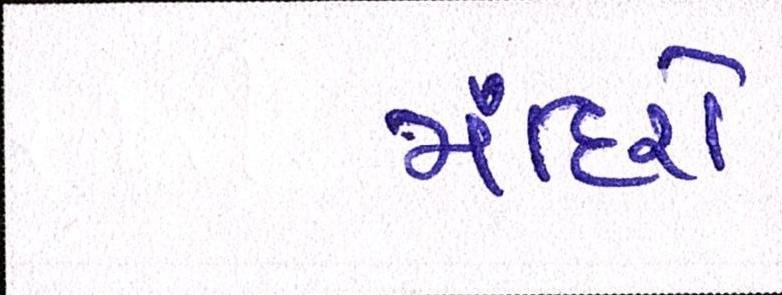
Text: મંદિરો